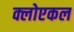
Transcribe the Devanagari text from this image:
क्लोएकल